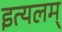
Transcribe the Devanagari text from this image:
इत्यलम्